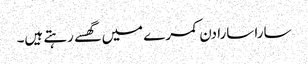
سارا سارا دن کمرے میں گھسے رہتے ہیں۔